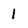
Character: 1